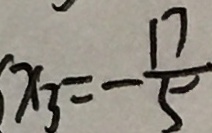
x _ { 3 } = - \frac { 1 7 } { 5 }